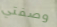
وصفتي